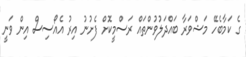
ގެ ކަމާބެހޭ މަޝްވަރާ ބައްދަލުވުންތައް ރަސްމީކޮށް ފެށުނު އިރު އެއޯސިސް އިން ވަނީ